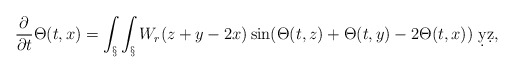
\begin{align*}\frac{\partial}{\partial t} \Theta(t,x) = \int_\S \int_\S W_r(z+y-2x) \sin(\Theta(t,z)+\Theta(t,y) - 2\Theta(t,x)) \ \d y \d z,\end{align*}